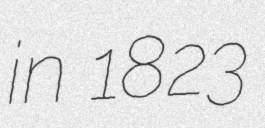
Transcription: in 1823